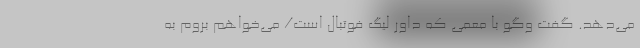
می‌دهد. گفت وگو با مُعَمّی که داور لیگ فوتبال است/ می‌خواهم بروم به